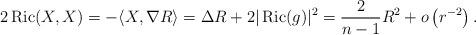
LaTeX: \begin{align*} 2 \operatorname{Ric}(X, X)=-\langle X, \nabla R\rangle=\Delta R+2|\operatorname{Ric}(g)|^2=\frac{2}{n-1} R^2+o\left(r^{-2}\right). \end{align*}